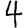
Digit: 4